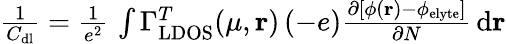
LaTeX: \begin{array}{r}{\frac{1}{C_{\mathrm{dl}}}=\frac{1}{e^{2}}\, \int\Gamma_{\mathrm{LDOS}}^{T}(\mu,\mathbf{r})\, (-e)\frac{\partial\left[\phi(\mathbf{r})-\phi_{\mathrm{elyte}}\right]}{\partial N}\, \mathrm{d}\mathbf{r}}\end{array}